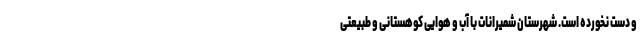
و دست نخورده است. شهرستان شمیرانات با آب و هوایی کوهستانی و طبیعتی